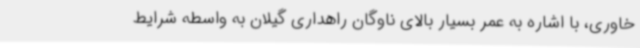
خاوری، با اشاره به عمر بسیار بالای ناوگان راهداری گیلان به واسطه شرایط